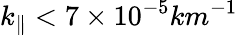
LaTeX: k_{\parallel}<7\times 10^{-5}km^{-1}